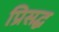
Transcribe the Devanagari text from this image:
प्रिसद्ध